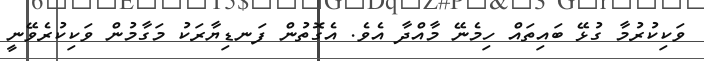
ވަކިކުރުމާ ގުޅޭ ބައިތައް ހިމެނޭ މާއްދާ އެވެ. އެގޮތުން ފަނޑިޔާރަކު މަގާމުން ވަކިކުރެވޭނީ